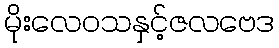
မိုးလေဝသနှင့်ဇလဗေဒ